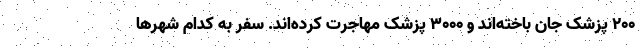
۲۰۰ پزشک جان باخته‌اند و ۳۰۰۰ پزشک مهاجرت کرده‌اند. سفر به کدام شهرها